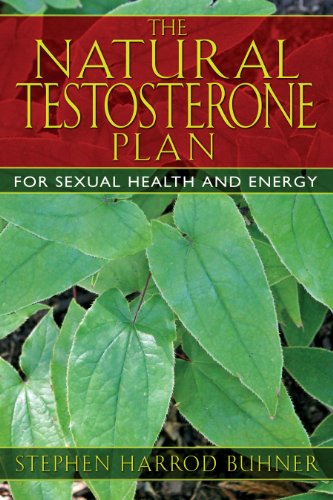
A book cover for The Natural Testosterone Plan: For Sexual Health and Energy; Stephen Harrod Buhner; Health, Fitness & Dieting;